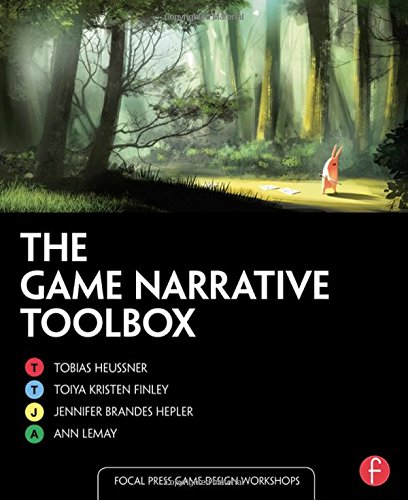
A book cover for The Game Narrative Toolbox (Focal Press Game Design Workshops); Tobias Heussner; Computers & Technology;